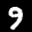
Label: 9